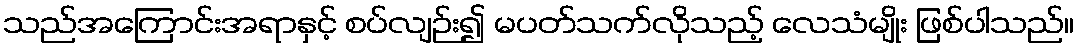
သည်အကြောင်းအရာနှင့် စပ်လျဉ်း၍ မပတ်သက်လိုသည့် လေသံမျိုး ဖြစ်ပါသည်။